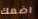
اضعك